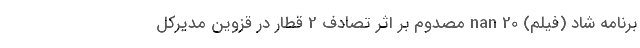
برنامه شاد (فیلم) nan 20 مصدوم بر اثر تصادف 2 قطار در قزوین مدیرکل